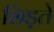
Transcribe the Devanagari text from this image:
छिड़ते